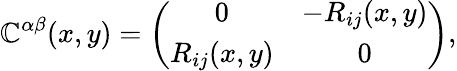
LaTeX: \mathbb{C}^{\alpha\beta}(x,y)=\left(\begin{array}{cc}{{0}}&{{-R_{ij}(x,y)}}\\ {{R_{ij}(x,y)}}&{{0}}\end{array}\right),